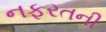
નફરતની